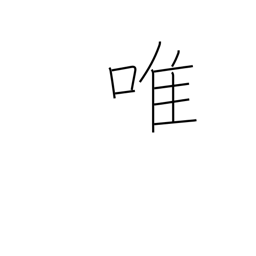
Meaning: solely